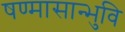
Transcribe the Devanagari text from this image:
षण्मासान्भुवि